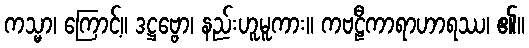
ကသ္မာ၊ ကြောင့်။ ဒဋ္ဌဗ္ဗော၊ နည်းဟူမူကား။ ကဗဠီကာရာဟာရဿ၊ ၏။